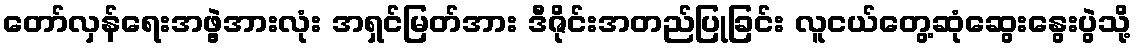
တော်လှန်ရေးအဖွဲ့အားလုံး အရှင်မြတ်အား ဒီဇိုင်းအတည်ပြုခြင်း လူငယ်တွေ့ဆုံဆွေးနွေးပွဲသို့